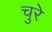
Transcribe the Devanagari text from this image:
चुरे